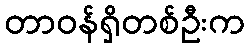
တာဝန်ရှိတစ်ဦးက